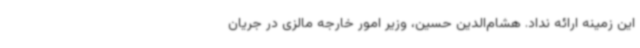
این زمینه ارائه نداد. هشام‌الدین حسین، وزیر امور خارجه مالزی در جریان